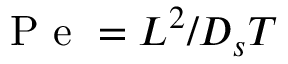
\mathrm { ~ P ~ e ~ } = L ^ { 2 } / D _ { s } T